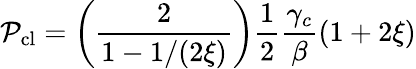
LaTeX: \mathcal{P}_{\mathrm{{cl}}}=\left(\frac{{2}}{{1-1/(2\xi)}}\right)\frac{{1}}{{2}}\frac{{\gamma_{c}}}{{\beta}}(1+2\xi)